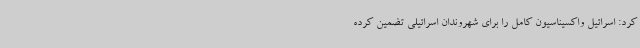
کرد: اسرائیل واکسیناسیون کامل را برای شهروندان اسرائیلی تضمین کرده